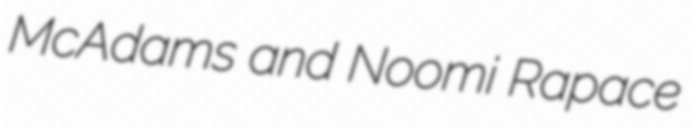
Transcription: McAdams and Noomi Rapace